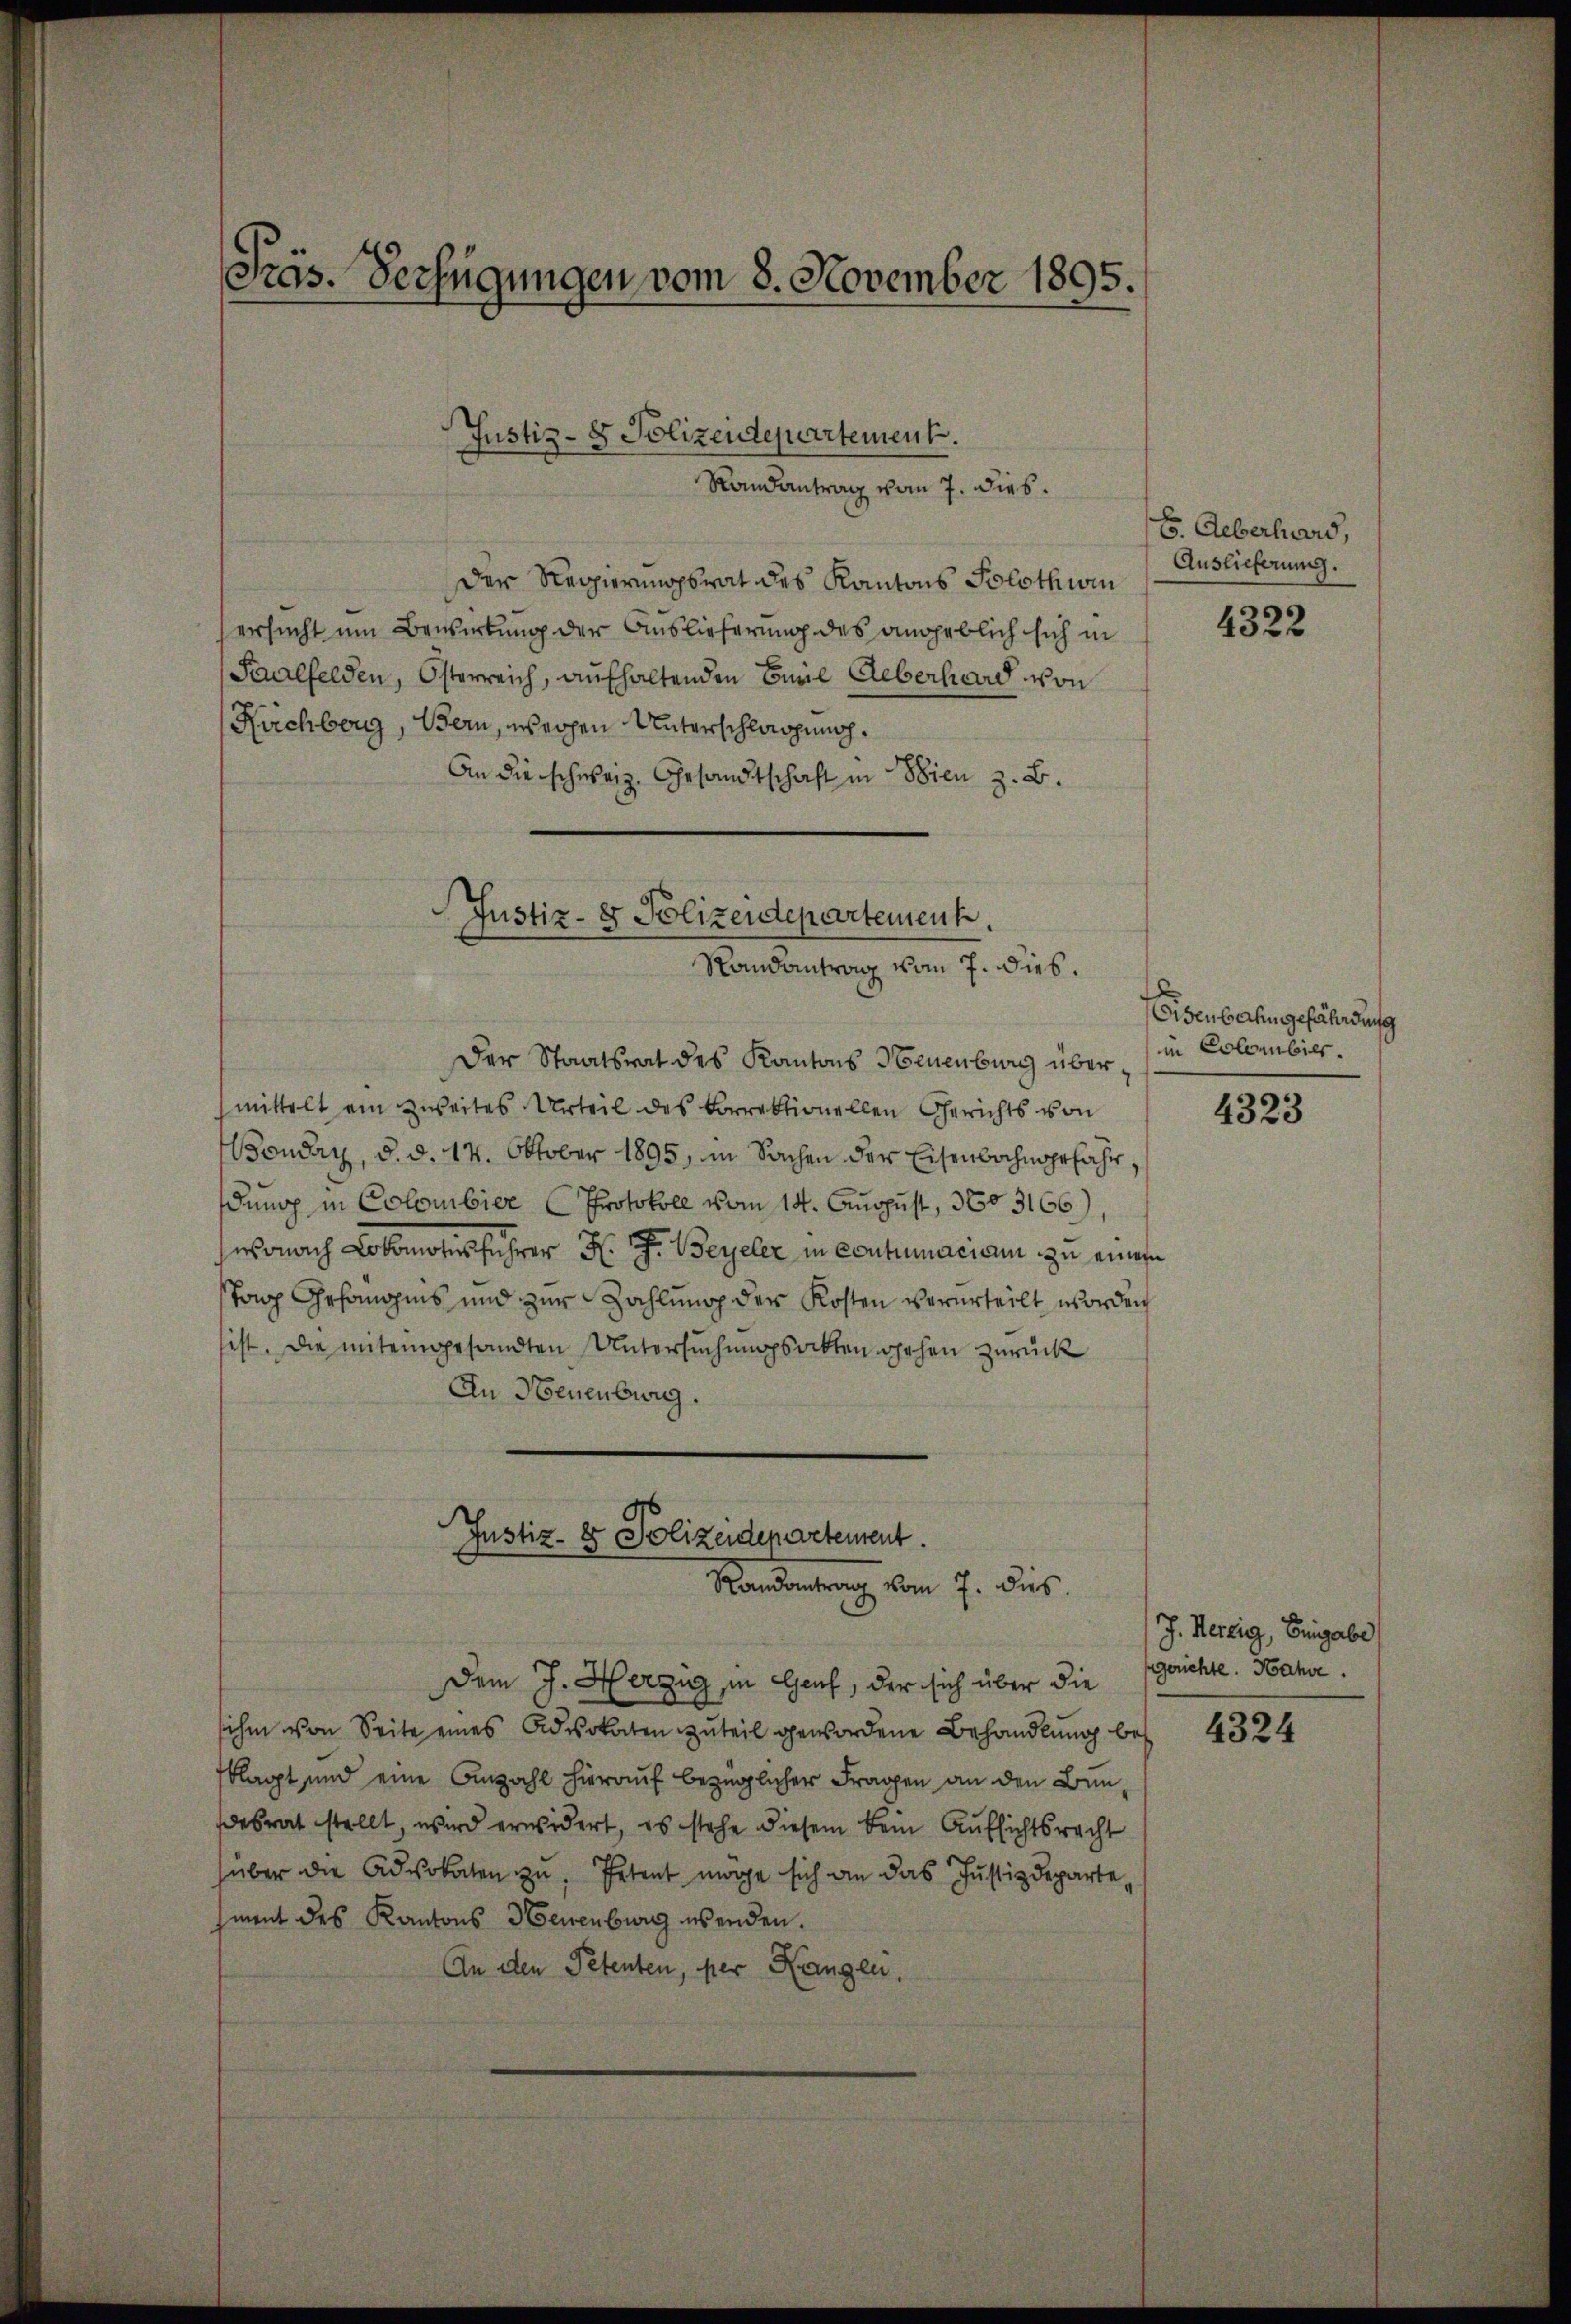
Präs. Verfügungen vom 8. November 1895.

Justiz- & Polizeidepartement.
Randantrag vom 7. dies.

Der Regierungsrat des Kantons Solothwen
ersucht um Bewirkung der Auslieferung des angeblich sich in
Saalfelden, Österreich, aufhaltenden Civil Ueberhard von
Kuchberg, Bern, weigen Unterschlagung.
An die schweiz. Gesandtschaft in Wien z. B.

Justiz- & Polizeidepartement.
Randantrag vom 7. dies.

Der Staatsrat des Kantons Neuenburg übermittelt ein zweites Urteil des korrektionellen Gerichts von
ondaz, d. d. 14. Oktober 1895, in Sachen der Eisenbahngefahr,
dung in Colombier (Protokoll vom 14. August, 360 3166)
wonach Lobootes führer K. G. Beyeler in contumacien zu einen
ston Gehamoins und zur Zahlung der Kosten verurteilt worden
sist. Die miteingesandten Untersuchungsakten gehen zurück
An Neuenburg.

Justiz- & Polizeidepartement.
x
Randantrag vom 7. dies

sihe von Seite eines Advokaten zŭteil gewordene Behandlung bis 4324
sklagt und eine Anzahl hierauf bezüglicher Fragen an den Ben
esrat stellt, wird erwidert, es stehe diesem Bein Aufsichtsrecht
über die Advokaten zŭ, Petent möge sich an das Justizdepartehmnent des Kantons Neuenburg wenden.
An den Petenten, per Rangen.

Dem J. Herzig, in Genf, der sich über die

E Aeberhard,
Auslieferung.

4322

d
Eisenbahngefährdung
in Collenbild.

4323

J. Herzig, Eingabe
gerichte. Hahne.